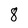
Character: 8